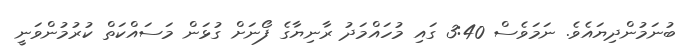
ބުނަމުންދިޔައެވެ. ނަމަވެސް 3:40 ގައި މުހައްމަދު ރާނިޔާގެ ފޯނަށް ގުޅަން މަސައްކަތް ކުރުމުންވަނީ